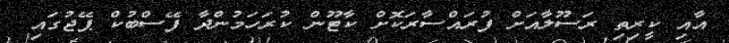
އާއި ކީރިތި ރަސޫލާއަށް ފުރައްސާރަކޮށް ކާޓޫން ކުރަހަމުންދާ ފޭސްބުކް ޕޭޖުގައި